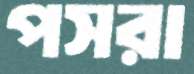
পসরা